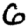
Digit: 6